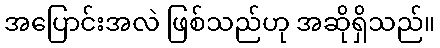
အပြောင်းအလဲ ဖြစ်သည်ဟု အဆိုရှိသည်။